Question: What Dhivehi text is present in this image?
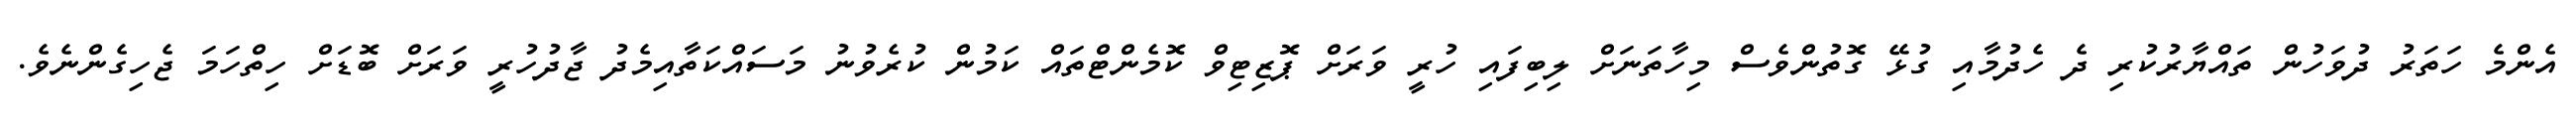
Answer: އެންމެ ހަތަރު ދުވަހުން ތައްޔާރުކުރި ދެ ހެދުމާއި ގުޅޭ ގޮތުންވެސް މިހާތަނަށް ލިބިފައި ހުރީ ވަރަށް ޕޮޒިޓިވް ކޮމެންޓްތައް ކަމުން ކުރެވުނު މަސައްކަތާއިމެދު ޖާދުހުރީ ވަރަށް ބޮޑަށް ހިތްހަމަ ޖެހިގެންނެވެ.